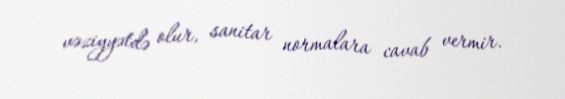
vəziyyətdə olur, sanitar normalara cavab vermir.